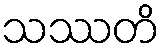
သဿတိ